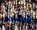
فقط